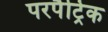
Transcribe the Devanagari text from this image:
परपैट्रिक